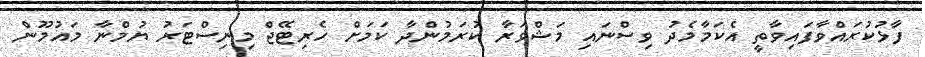
ފާޅުކުރައްވާފައިވާތީ އެކަމާމެދު ވިސްނައި މަޝްވަރާ ކުރަމުންދާ ކަމަށް ހެރިޓޭޖް މިނިސްޓަރު ޔުމްނާ މައުމޫން